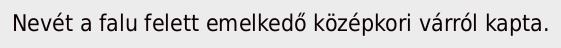
Nevét a falu felett emelkedő középkori várról kapta.